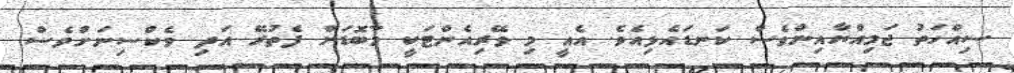
ސިއްހަތު ޖަމިއްޔާއިންވެސް ކަނޑައެޅިއެވެ. އެއީ މި ވޭރިއެންޓަކީ މާބޮޑަށް ފެތުރޭ އަދި ވެކްސިނަށްވެސް